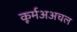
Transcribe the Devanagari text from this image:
कूर्मअअचल